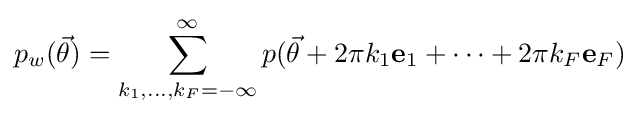
p_{w}({\vec {\theta }})=\sum _{k_{1},...,k_{F}=-\infty }^{\infty }{p({\vec {\theta }}+2\pi k_{1}\mathbf {e} _{1}+\dots +2\pi k_{F}\mathbf {e} _{F})}